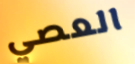
العصي